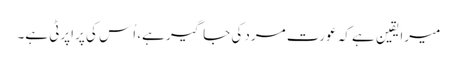
میرا یقین ہے کہ عورت مرد کی جاگیر ہے، اُس کی پراپرٹی ہے۔